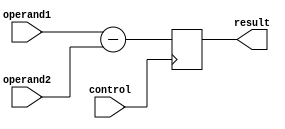
module subtractor(
    input [7:0] operand1,
    input [7:0] operand2,
    input control,
    output reg [7:0] result
);

always @ (posedge control) begin
    result <= operand1 - operand2;
end

endmodule